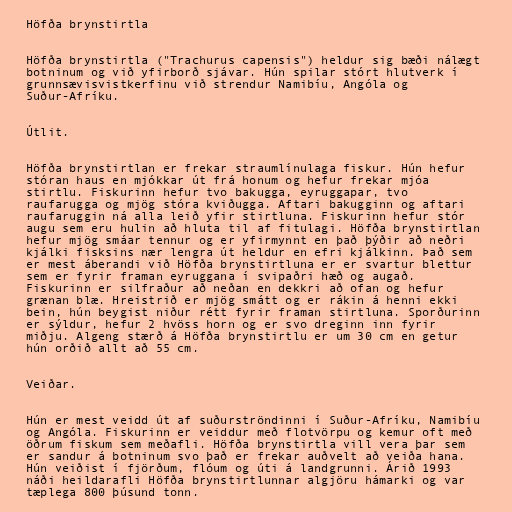
Höfða brynstirtla

Höfða brynstirtla ("Trachurus capensis") heldur sig bæði nálægt
botninum og við yfirborð sjávar. Hún spilar stórt hlutverk í
grunnsævisvistkerfinu við strendur Namibíu, Angóla og
Suður-Afríku.

Útlit.

Höfða brynstirtlan er frekar straumlínulaga fiskur. Hún hefur
stóran haus en mjókkar út frá honum og hefur frekar mjóa
stirtlu. Fiskurinn hefur tvo bakugga, eyruggapar, tvo
raufarugga og mjög stóra kviðugga. Aftari bakugginn og aftari
raufaruggin ná alla leið yfir stirtluna. Fiskurinn hefur stór
augu sem eru hulin að hluta til af fitulagi. Höfða brynstirtlan
hefur mjög smáar tennur og er yfirmynnt en það þýðir að neðri
kjálki fisksins nær lengra út heldur en efri kjálkinn. Það sem
er mest áberandi við Höfða brynstirtluna er er svartur blettur
sem er fyrir framan eyruggana í svipaðri hæð og augað.
Fiskurinn er silfraður að neðan en dekkri að ofan og hefur
grænan blæ. Hreistrið er mjög smátt og er rákin á henni ekki
bein, hún beygist niður rétt fyrir framan stirtluna. Sporðurinn
er sýldur, hefur 2 hvöss horn og er svo dreginn inn fyrir
miðju. Algeng stærð á Höfða brynstirtlu er um 30 cm en getur
hún orðið allt að 55 cm.

Veiðar.

Hún er mest veidd út af suðurströndinni í Suður-Afríku, Namibíu
og Angóla. Fiskurinn er veiddur með flotvörpu og kemur oft með
öðrum fiskum sem meðafli. Höfða brynstirtla vill vera þar sem
er sandur á botninum svo það er frekar auðvelt að veiða hana.
Hún veiðist í fjörðum, flóum og úti á landgrunni. Árið 1993
náði heildarafli Höfða brynstirtlunnar algjöru hámarki og var
tæplega 800 þúsund tonn.